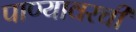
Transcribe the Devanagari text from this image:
पाण्यावरची